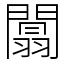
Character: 闒